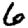
Digit: 6